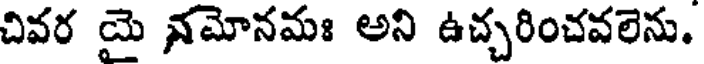
చివర యై నమోనమః అని ఉచ్చరించవలెను.